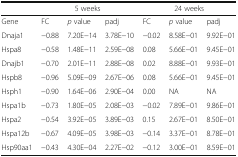
<table><thead><tr><td></td><td colspan="3"><b>5 weeks</b></td><td colspan="3"><b>24 weeks</b></td></tr></thead><tbody><tr><td>Gene</td><td>FC</td><td><i>p</i> value</td><td>padj</td><td>FC</td><td><i>p</i> value</td><td>padj</td></tr><tr><td>Dnaja1</td><td>−0.88</td><td>7.20E−14</td><td>3.78E−10</td><td>−0.02</td><td>8.58E−01</td><td>9.92E−01</td></tr><tr><td>Hspa8</td><td>−0.58</td><td>1.48E−11</td><td>2.59E−08</td><td>0.08</td><td>5.66E−01</td><td>9.45E−01</td></tr><tr><td>Dnajb1</td><td>−0.70</td><td>2.01E−11</td><td>2.88E−08</td><td>0.02</td><td>8.88E−01</td><td>9.93E−01</td></tr><tr><td>Hspb8</td><td>−0.96</td><td>5.09E−09</td><td>2.67E−06</td><td>0.08</td><td>5.66E−01</td><td>9.45E−01</td></tr><tr><td>Hsph1</td><td>−0.90</td><td>1.64E−06</td><td>2.90E−04</td><td>0.00</td><td>NA</td><td>NA</td></tr><tr><td>Hspa1b</td><td>−0.73</td><td>1.80E−05</td><td>2.08E−03</td><td>−0.02</td><td>7.89E−01</td><td>9.86E−01</td></tr><tr><td>Hspa2</td><td>−0.54</td><td>3.92E−05</td><td>3.89E−03</td><td>0.15</td><td>2.67E−01</td><td>8.50E−01</td></tr><tr><td>Hspa12b</td><td>−0.67</td><td>4.09E−05</td><td>3.98E−03</td><td>−0.14</td><td>3.37E−01</td><td>8.78E−01</td></tr><tr><td>Hsp90aa1</td><td>−0.43</td><td>4.30E−04</td><td>2.27E−02</td><td>−0.12</td><td>3.00E−01</td><td>8.59E−01</td></tr></tbody></table>